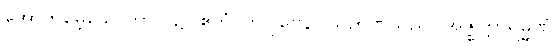
အောက်မေ့သောကာလ၌။ ဧတံ၊ ဤပုဗ္ဗေနိဝါသဉာဏ်သည်။ အဇ္ဈတ္တာရမ္မဏံ၊